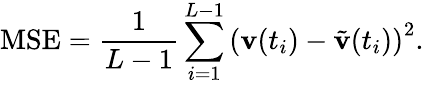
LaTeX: \mathrm{MSE}=\frac{1}{L-1}\sum_{i=1}^{L-1}\left(\mathbf{v}(t_{i})-\tilde{\mathbf{v}}(t_{i})\right)^{2}.